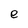
Character: e